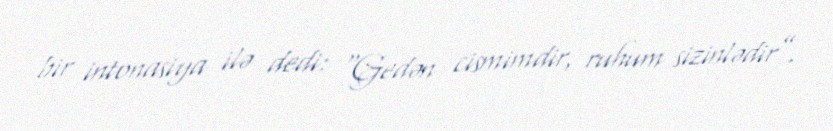
bir intonasiya ilə dedi: “Gedən cismimdir, ruhum sizinlədir”.